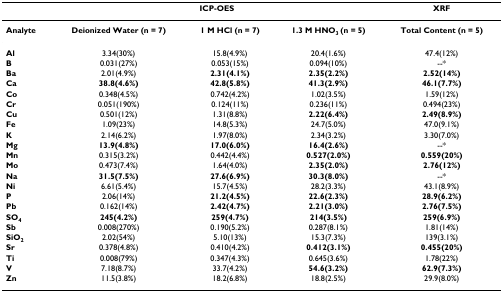
<table><thead><tr><td></td><td colspan="3"><b>ICP-OES</b></td><td><b>XRF</b></td></tr></thead><tbody><tr><td><b>Analyte</b></td><td><b>Deionized Water (n = 7)</b></td><td><b>1 M HCl (n = 7)</b></td><td><b>1.3 M HNO<sub>3 </sub>(n = 5)</b></td><td><b>Total Content (n = 5)</b></td></tr><tr><td><b>Al</b></td><td>3.34(30%)</td><td>15.8(4.9%)</td><td>20.4(1.6%)</td><td>47.4(12%)</td></tr><tr><td><b>B</b></td><td>0.031(27%)</td><td>0.053(15%)</td><td>0.094(10%)</td><td>--*</td></tr><tr><td><b>Ba</b></td><td>2.01(4.9%)</td><td><b>2.31(4.1%)</b></td><td><b>2.35(2.2%)</b></td><td><b>2.52(14%)</b></td></tr><tr><td><b>Ca</b></td><td><b>38.8(4.6%)</b></td><td><b>42.8(5.8%)</b></td><td><b>41.3(2.9%)</b></td><td><b>46.1(7.7%)</b></td></tr><tr><td><b>Co</b></td><td>0.348(4.5%)</td><td>0.742(4.2%)</td><td>1.02(3.5%)</td><td>1.59(12%)</td></tr><tr><td><b>Cr</b></td><td>0.051(190%)</td><td>0.124(11%)</td><td>0.236(11%)</td><td>0.494(23%)</td></tr><tr><td><b>Cu</b></td><td>0.501(12%)</td><td>1.31(8.8%)</td><td><b>2.22(6.4%)</b></td><td><b>2.49(8.9%)</b></td></tr><tr><td><b>Fe</b></td><td>1.09(23%)</td><td>14.8(5.3%)</td><td>24.7(5.0%)</td><td>47.0(9.1%)</td></tr><tr><td><b>K</b></td><td>2.14(6.2%)</td><td>1.97(8.0%)</td><td>2.34(3.2%)</td><td>3.30(7.0%)</td></tr><tr><td><b>Mg</b></td><td><b>13.9(4.8%)</b></td><td><b>17.0(6.0%)</b></td><td><b>16.4(2.6%)</b></td><td>--*</td></tr><tr><td><b>Mn</b></td><td>0.315(3.2%)</td><td>0.442(4.4%)</td><td><b>0.527(2.0%)</b></td><td><b>0.559(20%)</b></td></tr><tr><td><b>Mo</b></td><td>0.473(7.4%)</td><td>1.64(4.0%)</td><td><b>2.35(2.0%)</b></td><td><b>2.76(12%)</b></td></tr><tr><td><b>Na</b></td><td><b>31.5(7.5%)</b></td><td><b>27.6(6.9%)</b></td><td><b>30.3(8.0%)</b></td><td>--*</td></tr><tr><td><b>Ni</b></td><td>6.61(5.4%)</td><td>15.7(4.5%)</td><td>28.2(3.3%)</td><td>43.1(8.9%)</td></tr><tr><td><b>P</b></td><td>2.06(14%)</td><td><b>21.2(4.5%)</b></td><td><b>22.6(2.3%)</b></td><td><b>28.9(6.2%)</b></td></tr><tr><td><b>Pb</b></td><td>0.162(14%)</td><td><b>2.42(4.7%)</b></td><td><b>2.21(3.0%)</b></td><td><b>2.76(7.5%)</b></td></tr><tr><td><b>SO<sub>4</sub></b></td><td><b>245(4.2%)</b></td><td><b>259(4.7%)</b></td><td><b>214(3.5%)</b></td><td><b>259(6.9%)</b></td></tr><tr><td><b>Sb</b></td><td>0.008(270%)</td><td>0.190(5.2%)</td><td>0.287(8.1%)</td><td>1.81(14%)</td></tr><tr><td><b>SiO<sub>2</sub></b></td><td>2.02(54%)</td><td>5.10(13%)</td><td>15.3(7.3%)</td><td>139(3.1%)</td></tr><tr><td><b>Sr</b></td><td>0.378(4.8%)</td><td>0.410(4.2%)</td><td><b>0.412(3.1%)</b></td><td><b>0.455(20%)</b></td></tr><tr><td><b>Ti</b></td><td>0.008(79%)</td><td>0.347(4.3%)</td><td>0.645(3.6%)</td><td>1.78(22%)</td></tr><tr><td><b>V</b></td><td>7.18(8.7%)</td><td>33.7(4.2%)</td><td><b>54.6(3.2%)</b></td><td><b>62.9(7.3%)</b></td></tr><tr><td><b>Zn</b></td><td>11.5(3.8%)</td><td>18.2(6.8%)</td><td>18.8(2.5%)</td><td>29.9(8.0%)</td></tr></tbody></table>